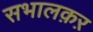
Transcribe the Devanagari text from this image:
सभालक़ऱ